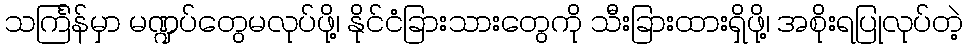
သင်္ကြန်မှာ မဏ္ဍပ်တွေမလုပ်ဖို့၊ နိုင်ငံခြားသားတွေကို သီးခြားထားရှိဖို့၊ အစိုးရပြုလုပ်တဲ့